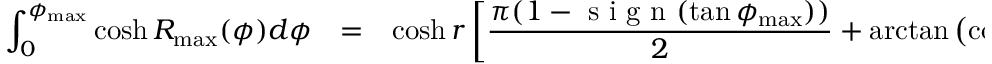
\begin{array} { r l l } { \displaystyle \int _ { 0 } ^ { \phi _ { \operatorname* { m a x } } } \cosh R _ { \operatorname* { m a x } } ( \phi ) d \phi } & { = } & { \displaystyle \cosh r \left[ \frac { \pi ( 1 - \mathrm { ~ s ~ i ~ g ~ n ~ } ( \tan \phi _ { \operatorname* { m a x } } ) ) } { 2 } + \arctan \left( \cosh x \tan \phi _ { \operatorname* { m a x } } \right) \right] + \medskip } \end{array}